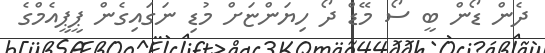
ދެން ޑޯން ބީ ސޯ މޭޑް ދޯ ހިޔަންޏަށް މުޑި ނަގައިގެން ޕީޕީއެމްގެ